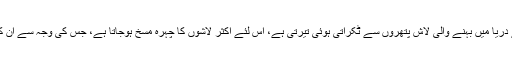
چونکہ تیز بہاؤ کی وجہ سے دریا میں بہنے والی لاش پتھروں سے ٹکراتی ہوئی تیرتی ہے، اس لئے اکثر لاشوں کا چہرہ مسخ ہوجاتا ہے، جس کی وجہ سے ان کی شناخت ممکن نہیں ہوپاتی۔